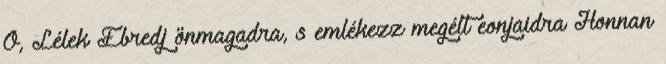
Ó, Lélek Ébredj önmagadra, s emlékezz megélt eonjaidra Honnan